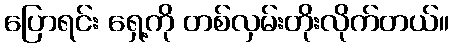
ပြောရင်း ရှေ့ကို တစ်လှမ်းတိုးလိုက်တယ်။